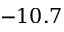
- 1 0 . 7